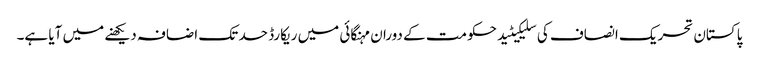
پاکستان تحریک انصاف کی سلیکیٹید حکومت کے دوران مہنگائی میں ریکارڈ حد تک اضافہ دیکھنے میں آیا ہے۔